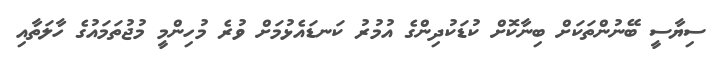
ސިޔާސީ ބޭނުންތަކަށް ބިނާކޮށް ކުޑަކުދިންގެ އުމުރު ކަނޑައެޅުމަށް ވުރެ މުހިންމީ މުޖުތަމައުގެ ހާލަތާއި